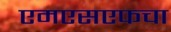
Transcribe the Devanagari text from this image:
एमएसएफचा